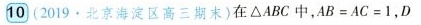
10 (2019·北京海淀区高三期末)在△ABC中，AB=AC=1，D